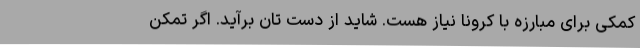
کمکی برای مبارزه با کرونا نیاز هست. شاید از دست تان برآید. اگر تمکن